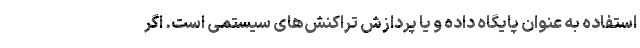
استفاده به عنوان پایگاه داده و یا پردازش تراکنش‌های سیستمی ‌است. اگر